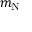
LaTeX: m _ { \mathrm { N } }